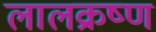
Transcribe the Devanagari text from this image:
लालक्रष्ण